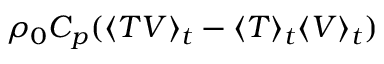
\rho _ { 0 } C _ { p } ( \langle T V \rangle _ { t } - \langle T \rangle _ { t } \langle V \rangle _ { t } )